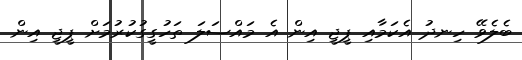
ބެލެވޭ ހިނދު އެކަމާއި ޕީޖީ އިން އެ މައްސަލަ ތަހުގީގުކުރުމަށް ޕީޖީ އިން